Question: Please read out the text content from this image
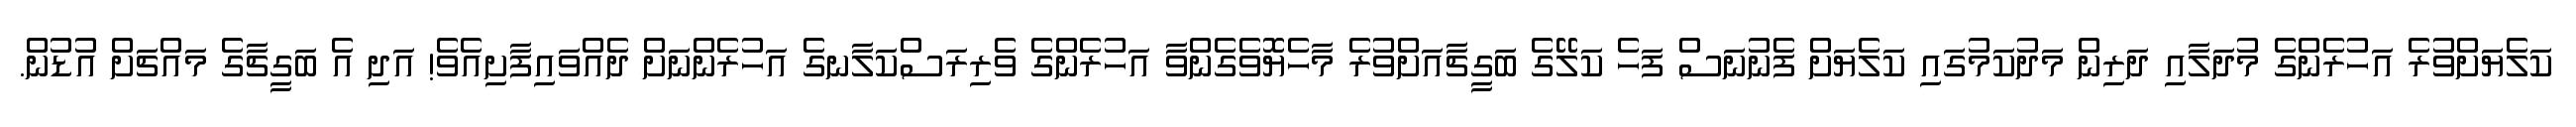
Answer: ކަލެޔަށްވުރެ އަހުރެންގެ މުދަލާއި ދަރިން މަދުކަމުގައި ކަލެޔަށް ފެނުނަސް ފަހެ ކަލޭގެ ބަގީޗާއަށްވުރެ މާހެޔޮވެގެންވާ އަހުރެންގެ ވެރިރަސްކަލާނގެ އަހުރެންނަށް ދެއްވައިފާށިއެވެ! އަދި އެ ބަގީޗާގެ މައްޗަށް އުޑުން.